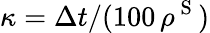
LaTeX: \kappa=\Delta t/(100\, \rho^{\mathrm{~S~}})